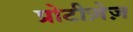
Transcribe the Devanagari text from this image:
प्रोटीज़ेज़